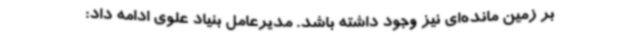
بر زمین مانده‌ای نیز وجود داشته باشد. مدیرعامل بنیاد علوی ادامه داد: